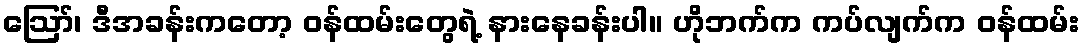
ဪ၊ ဒီအခန်းကတော့ ဝန်ထမ်းတွေရဲ့ နားနေခန်းပါ။ ဟိုဘက်က ကပ်လျက်က ဝန်ထမ်း